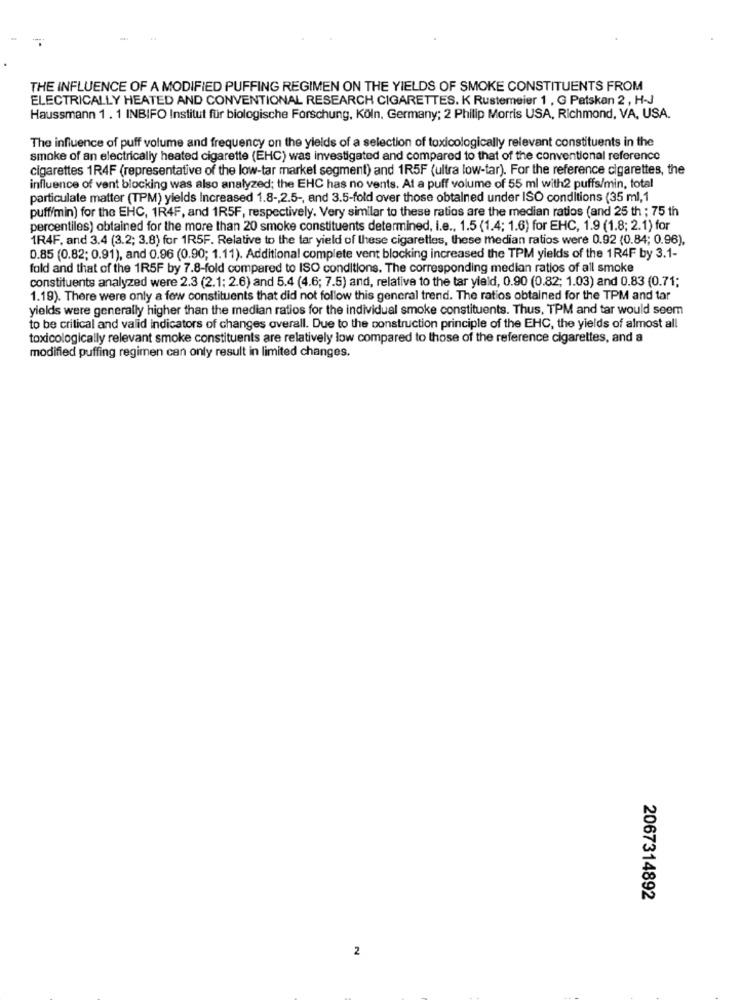
THE INFLUENCE OF A MODIFIED PUFFING REGIMEN ON THE YIELDS OF SMOKE CONSTITUENTS FROM
ELECTRICALLY HEATED AND CONVENTIONAL RESEARCH CIGARETTES. K Rustemeier 1 , G Patskan 2, H-J
Haussmann 1 . 1 INBIFO Institut für biologische Forschung, Köln, Germany; 2 Philip Morris USA, Richmond, VA, USA.
The influence of puff volume and frequency on the yields of a selection of toxicologically relevant constituents in the
smoke of an electrically heated cigarette (EHC) was investigated and compared to that of the conventional reference
cigarettes 1R4F (representative of the low-tar market segment) and 1R5F (ultra low-tar). For the reference cigarettes, the
influence of vent blocking was also analyzed; the EHC has no vents. At a puff volume of 55 ml with2 puffs/min, total
particulate matter (TPM) yields Increased 1.8 -, 2.5 -, and 3.5-fold over those obtained under ISO conditions (35 ml, 1
puff/min) for the EHC, 1R4F, and 1R5F, respectively. Very similar to these ratios are the median ratios (and 25 th ; 75 th
percentiles) obtained for the more than 20 smoke constituents determined, i.e ., 1.5 (1.4; 1.6) for EHC, 1.9 (1.8; 2.1) for
1R4F, and 3.4 (3.2; 3.8) for 1R5F. Relative to the tar yield of these cigaretles, these median ratios were 0.92 (0.84; 0.96),
0.85 (0.82; 0.91), and 0.96 (0.90; 1.11). Additional complete vent blocking increased the TPM yields of the 1R4F by 3.1-
fold and that of the 1R5F by 7.8-fold compared to ISO conditions. The corresponding median ratios of all smoke
constituents analyzed were 2.3 (2.1: 2.6) and 5.4 (4.6; 7.5) and, relative to the tar yield, 0.90 (0.82; 1.03) and 0.83 (0.71;
1.19). There were only a few constituents that did not follow this general trend. The ratios obtained for the TPM and tar
yields were generally higher than the median ratios for the individual smoke constituents. Thus, TPM and tar would seem
to be critical and valid indicators of changes overall. Due to the construction principle of the EHC, the yields of almost all
toxicologically relevant smoke constituents are relatively low compared to those of the reference cigarettes, and a
modified puffing regimen can only result in limited changes.
2067314892
2